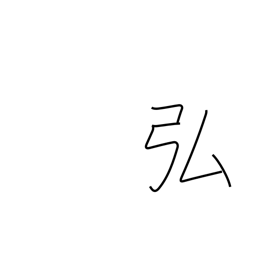
Meaning: vast